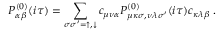
P _ { \alpha \beta } ^ { ( 0 ) } ( i \tau ) = \sum _ { \sigma \sigma ^ { \prime } = \uparrow , \downarrow } c _ { \mu \nu \alpha } P _ { \mu \kappa \sigma , \nu \lambda \sigma ^ { \prime } } ^ { ( 0 ) } ( i \tau ) c _ { \kappa \lambda \beta } \; .